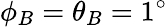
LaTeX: \phi_{B}=\theta_{B}=1^{\circ}